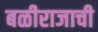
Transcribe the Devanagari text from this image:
बळीराजाची